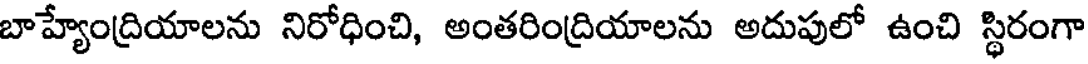
బాహ్యేంద్రియాలను నిరోధించి, అంతరింద్రియాలను అదుపులో ఉంచి స్థిరంగా